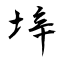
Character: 垶